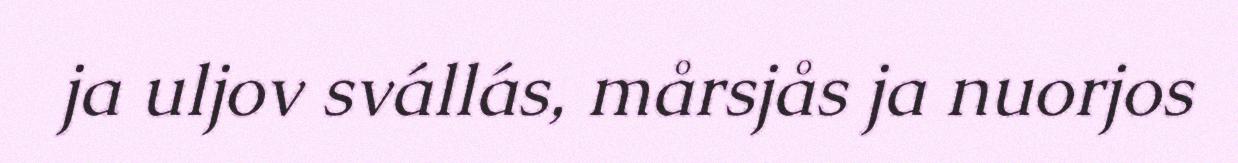
ja uljov svállás, mårsjås ja nuorjos